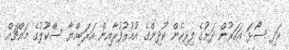
އަދި ސޯޅަ އަހަރުން ދަށުގެ ފިރިހެން ކުދިންގެ އުމުރުފުރާއިން އަރަބިއްޔާ ސްކޫލުގެ މައްޗައް